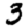
Digit: 3